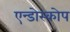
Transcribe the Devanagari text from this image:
एन्डोस्कोप